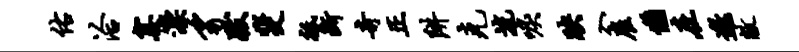
佑洽塞漂豸跋斐祗断奇正阱克流唳映入雇懒在邀敝